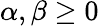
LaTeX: \alpha,\beta\ge 0